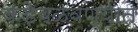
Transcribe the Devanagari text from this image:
कडेवळवण्यात